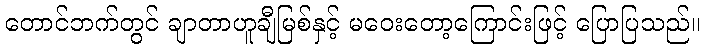
တောင်ဘက်တွင် ချာတာဟူချီမြစ်နှင့် မဝေးတော့ကြောင်းဖြင့် ပြောပြသည်။